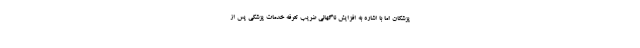
پزشکان اما با اشاره به افزایش ناگهانی ضریب تعرفه خدمات پزشکی پس از